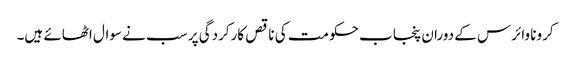
کرونا وائرس کے دوران پنجاب حکومت کی ناقص کارکردگی پر سب نے سوال اٹھائے ہیں۔